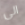
الى